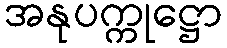
အနုပက္ကုဋ္ဌော